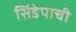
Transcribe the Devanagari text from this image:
सिंडेपाची